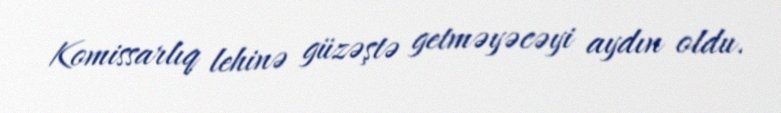
Komissarlıq lehinə güzəştə getməyəcəyi aydın oldu.